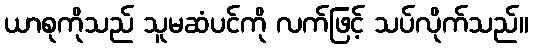
ယာစုကိုသည် သူမဆံပင်ကို လက်ဖြင့် သပ်လိုက်သည်။